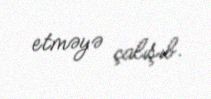
etməyə çalışıb.